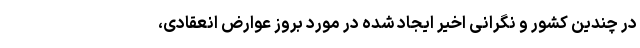
در چندین کشور و نگرانی اخیر ایجاد شده در مورد بروز عوارض انعقادی،